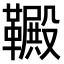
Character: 𫖋